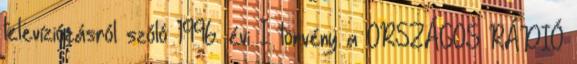
televíziózásról szóló 1996. évi I. törvény a ORSZÁGOS RÁDIÓ